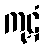
ကုဋံ